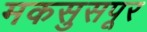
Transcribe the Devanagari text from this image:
मकसुसपूर